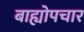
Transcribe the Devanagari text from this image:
बाह्योपचार